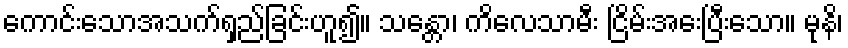
ကောင်းသောအသက်ရှည်ခြင်းဟူ၍။ သန္တော၊ ကိလေသာမီး ငြိမ်းအေးပြီးသော။ မုနိ၊